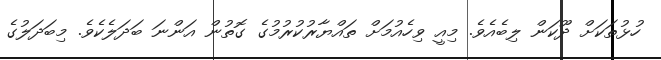
ހުޅުތަކަށް ދޫކަން ލިބެއެވެ. މިއީ ވިހެއުމަށް ތައްޔާރުކުރުމުގެ ގޮތުން އަންނަ ބަދަލެކެވެ. މިބަދަލުގެ